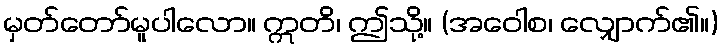
မှတ်တော်မူပါလော။ ဣတိ၊ ဤသို့။ (အဝေါစ၊ လျှောက်၏။)